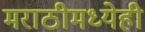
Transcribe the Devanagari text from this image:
मराठीमध्येही